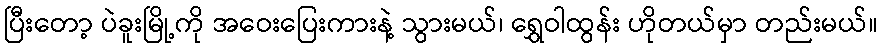
ပြီးတော့ ပဲခူးမြို့ကို အဝေးပြေးကားနဲ့ သွားမယ်၊ ရွှေဝါထွန်း ဟိုတယ်မှာ တည်းမယ်။